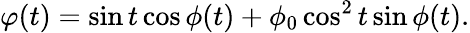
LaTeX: \varphi(t)=\sin t\cos\phi(t)+\phi_{0}\cos^{2}t\sin\phi(t).